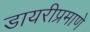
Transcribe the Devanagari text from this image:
डायरीप्रमाणे